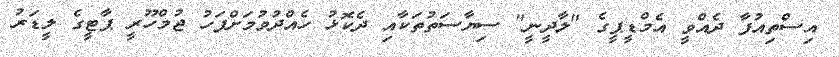
އިސްތިއުފާ ދެއްވީ އެމްޑީޕީގެ "ލާދީނީ" ސިޔާސަތުތަކާއި ދެކޮޅު ހެއްދުވުމަށްފަހު ޖުމްހޫރީ ޕާޓީގެ ލީޑަރު